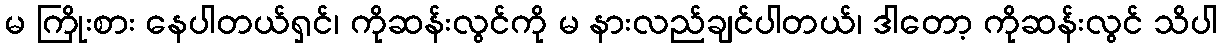
မ ကြိုးစား နေပါတယ်ရှင်၊ ကိုဆန်းလွင်ကို မ နားလည်ချင်ပါတယ်၊ ဒါတော့ ကိုဆန်းလွင် သိပါ